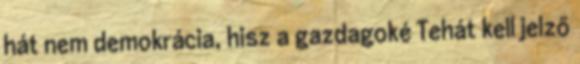
hát nem demokrácia, hisz a gazdagoké Tehát kell jelző